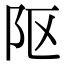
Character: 𨸟